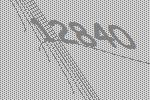
12840